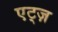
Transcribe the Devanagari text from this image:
एट्ज़